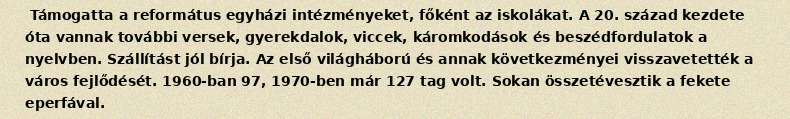
Támogatta a református egyházi intézményeket, főként az iskolákat. A 20. század kezdete óta vannak további versek, gyerekdalok, viccek, káromkodások és beszédfordulatok a nyelvben. Szállítást jól bírja. Az első világháború és annak következményei visszavetették a város fejlődését. 1960-ban 97, 1970-ben már 127 tag volt. Sokan összetévesztik a fekete eperfával.